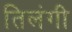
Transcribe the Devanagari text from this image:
तिलंगी